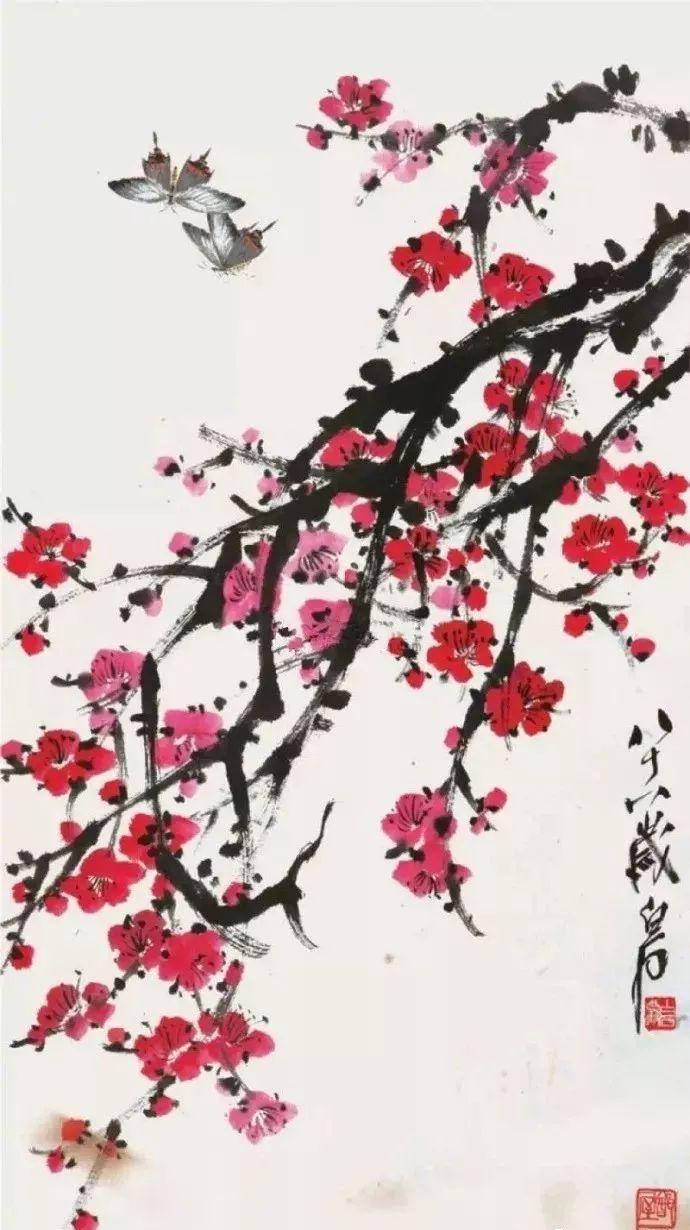
雪月最相宜，梅雪都清绝。